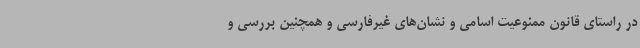
در راستای قانون ممنوعیت اسامی و نشان‌های غیرفارسی و همچنین بررسی و